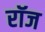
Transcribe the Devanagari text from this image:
रॉज